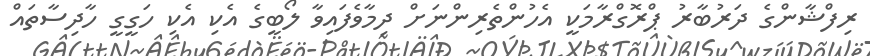
ރިފްޝާންގެ ދަރުބާރު ޕްރޮގްރާމަކީ އެހުންތެރިންނަށް ދިމާވެފައިވާ ލޯބީގެ އެކި އެކި ހަގީގީ ހާދިސާތައް